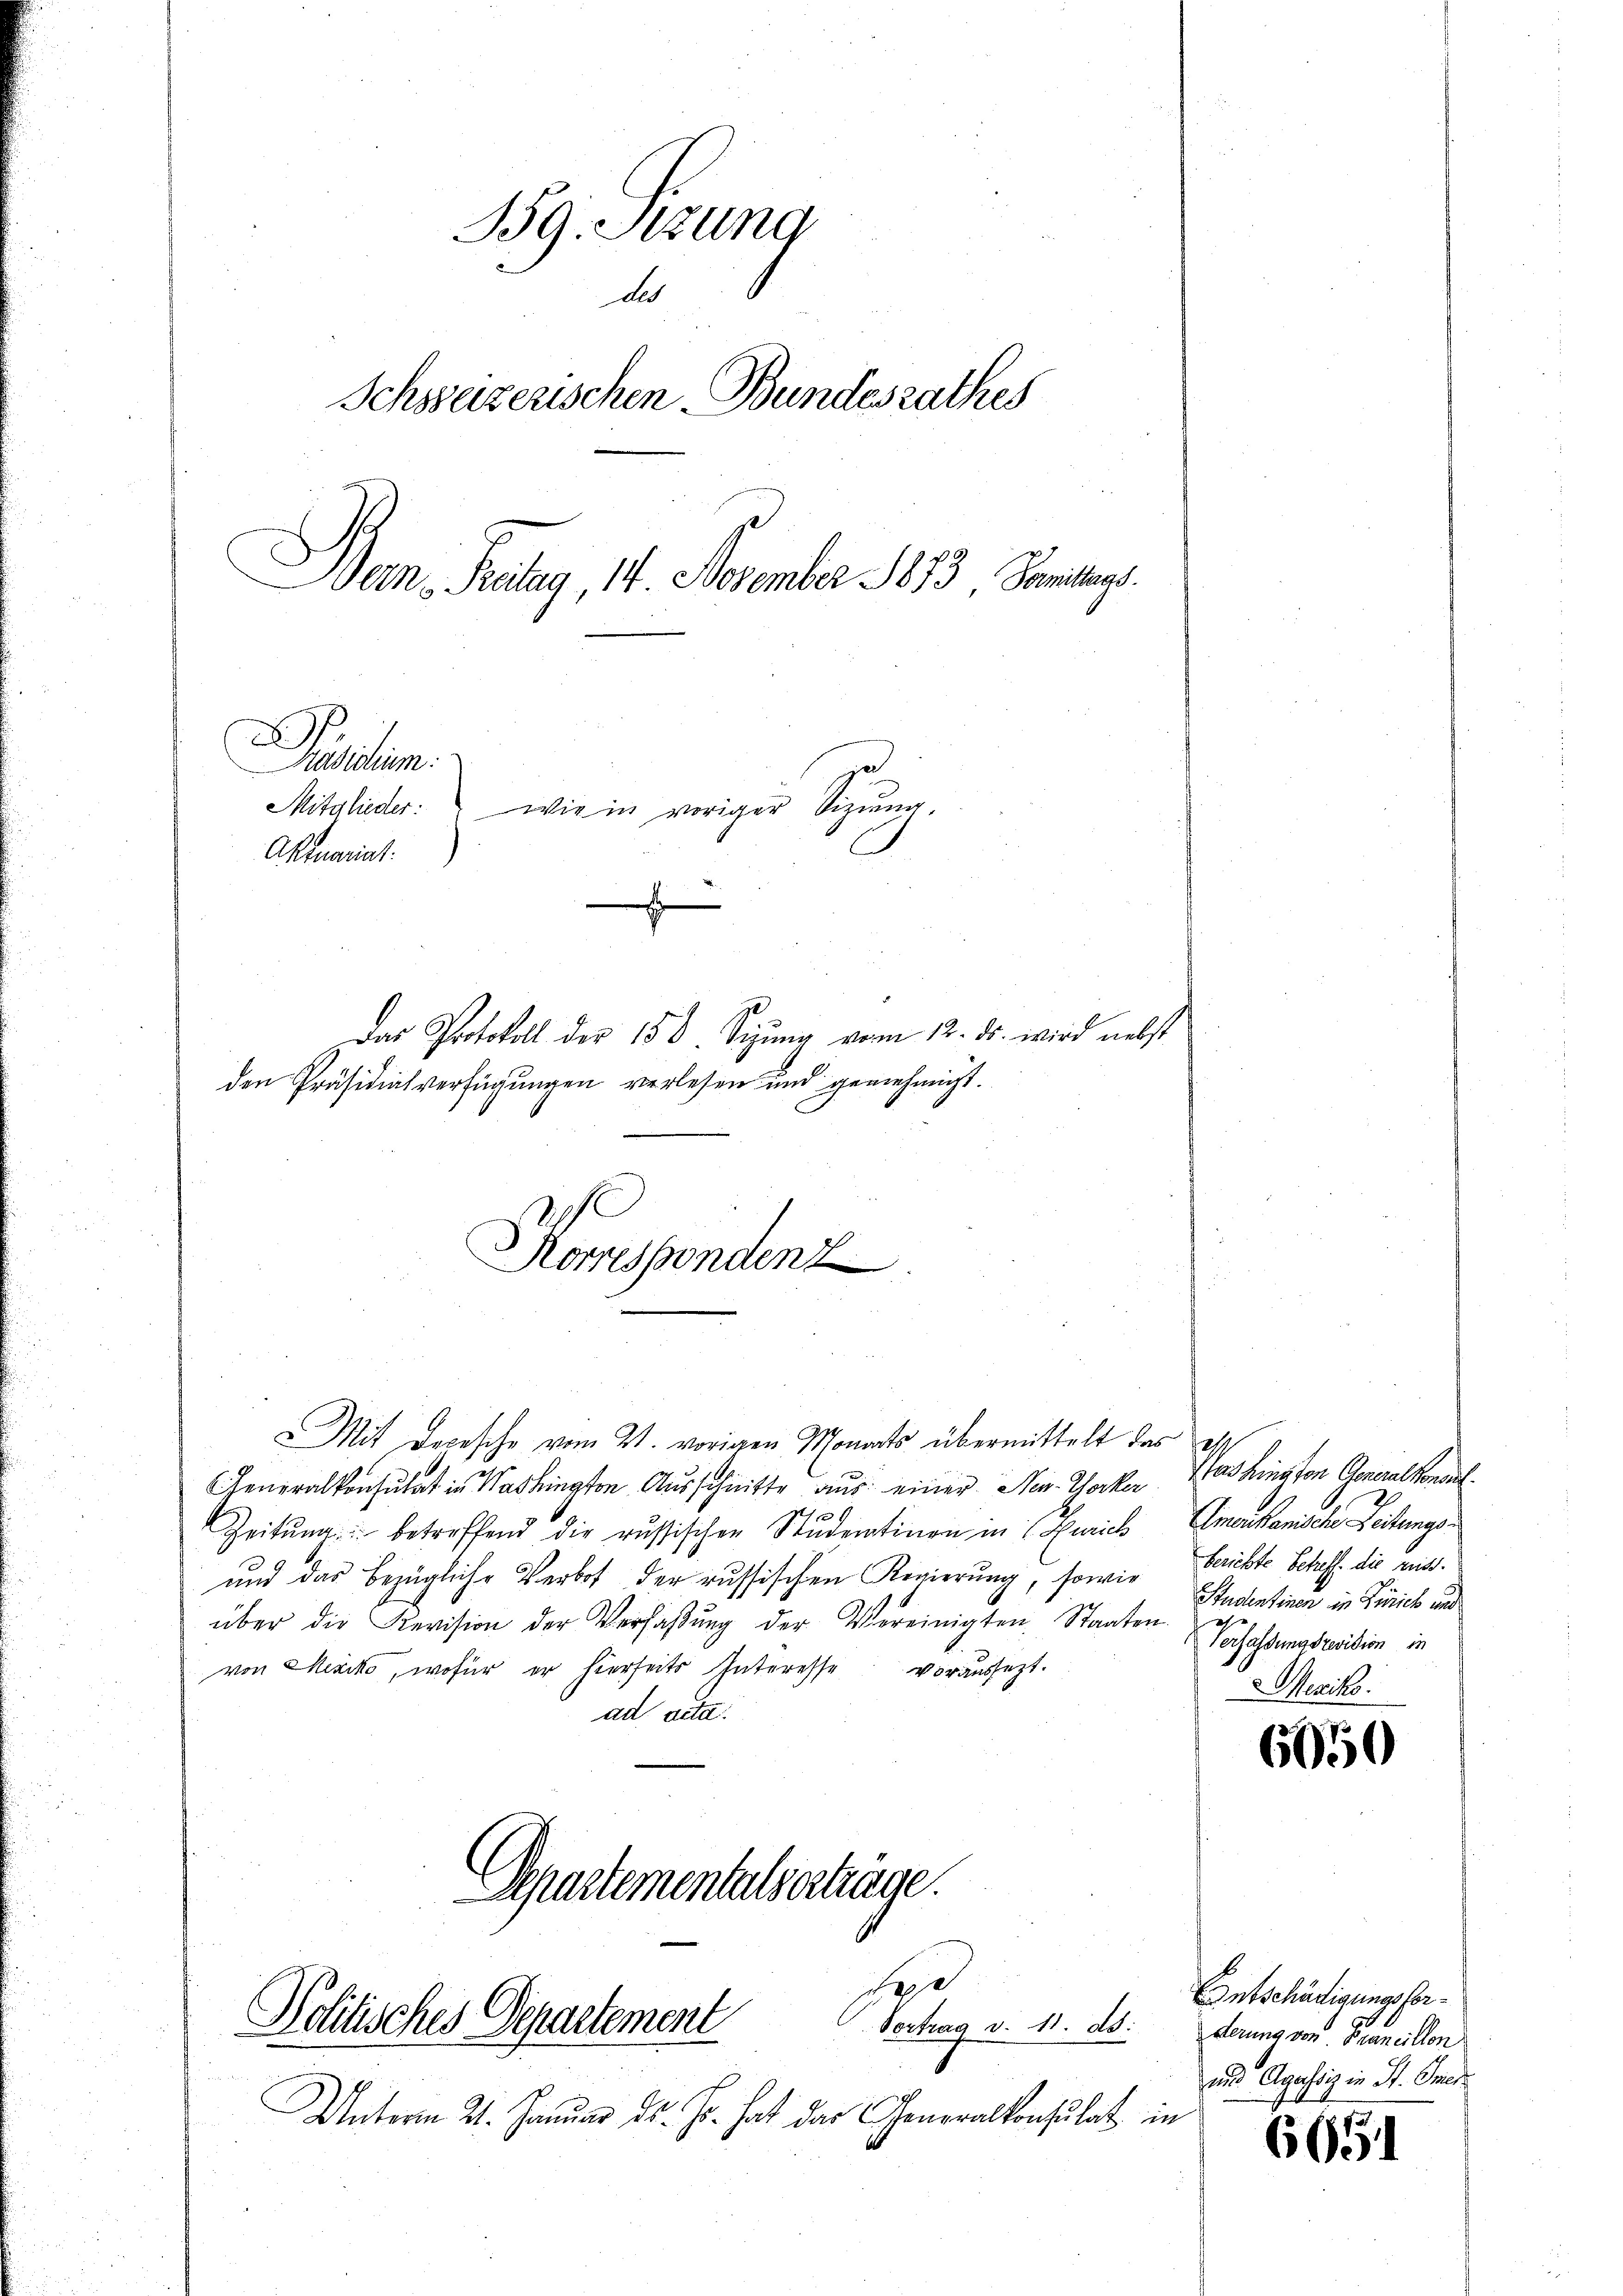
BG.Stzung
d
Schweizerischen Bundesrathes
Dan Pritag, 14. November 1873, Sammlungs
D
Puisitem.
Mitglieder: wie in voriger Sizŭŭng.
Aktuariat.

Das Protokoll der 150 Sizŭng vom 12. ds. wird nebst
den Präsidialverfügungen verlesen und genehmigt.
Komessendenz

Mit Depesche vom 21. vorigen Monats übermittelt das
GGeneralkonsulat in Washington Ausschnitte aus einer New-Yorker
Zeitŭng betreffend die russischen Studentinen in Errich Emerikanische Leitungs¬
und das bezügliche Verbot der russischen Regierung, sowie
über die Revision der Verfaβŭng der Vereinigten Staaten.
von Mexiko, wofür er hierseits Interesse voraussezt.
ad acta
Separtementals erträge.

saß
Politisches Departement
Vortrag v. 11. ds.

Unterm 21. Janŭar d. Js. hat das Generalkonsulat in
a

.
tas hington Generalkonsul
berichte Betreff die reist.
Studentinen in Zürich und
Verfassungsrevision in
Mexiko

6050

Entschädigungsforderung von Francillon
und Agassiz in St. Ges

6651